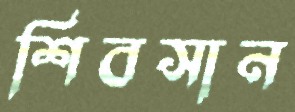
শিবসান